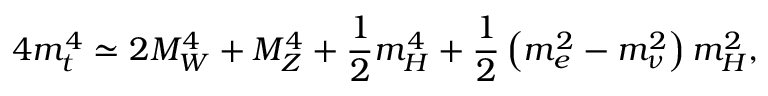
4 m _ { t } ^ { 4 } \simeq 2 M _ { W } ^ { 4 } + M _ { Z } ^ { 4 } + { \frac { 1 } { 2 } } m _ { H } ^ { 4 } + { \frac { 1 } { 2 } } \left( m _ { e } ^ { 2 } - m _ { \nu } ^ { 2 } \right) m _ { H } ^ { 2 } ,